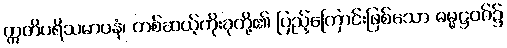
ဣတိပရိသမာပနံ၊ တစ်ဆယ့်ကိုးခုတို့၏ ပြည့်ကြောင်းဖြစ်သော ဓမ္မဋ္ဌဝဂ်၌